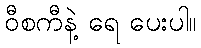
ဝီစကီနဲ့ ရေ ပေးပါ။